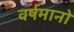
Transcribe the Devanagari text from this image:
वर्षमानों